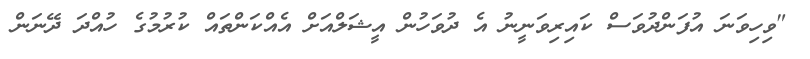
"ވިހިވަނަ އުފަންދުވަސް ކައިރިވަނީނު އެ ދުވަހުން އީޝަލްއަށް އެއްކަންތައް ކުރުމުގެ ހުއްދަ ދޭނަން